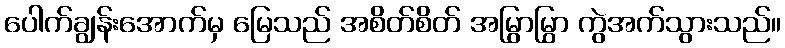
ပေါက်ချွန်းအောက်မှ မြေသည် အစိတ်စိတ် အမြွာမြွှာ ကွဲအက်သွားသည်။